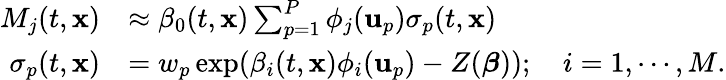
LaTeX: \begin{array}{rl}{M_{j}(t,\mathbf{x})}&{\approx\beta_{0}(t,\mathbf{x})\sum_{p=1}^{P}\phi_{j}(\mathbf{u}_{p})\sigma_{p}(t,\mathbf{x})}\\ {\sigma_{p}(t,\mathbf{x})}&{=w_{p}\exp(\beta_{i}(t,\mathbf{x})\phi_{i}(\mathbf{u}_{p})-Z(\boldsymbol{\beta}));\quad i=1,\cdots,M.}\end{array}